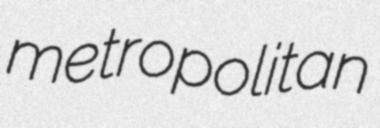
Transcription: metropolitan